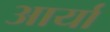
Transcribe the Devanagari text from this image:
अार्या